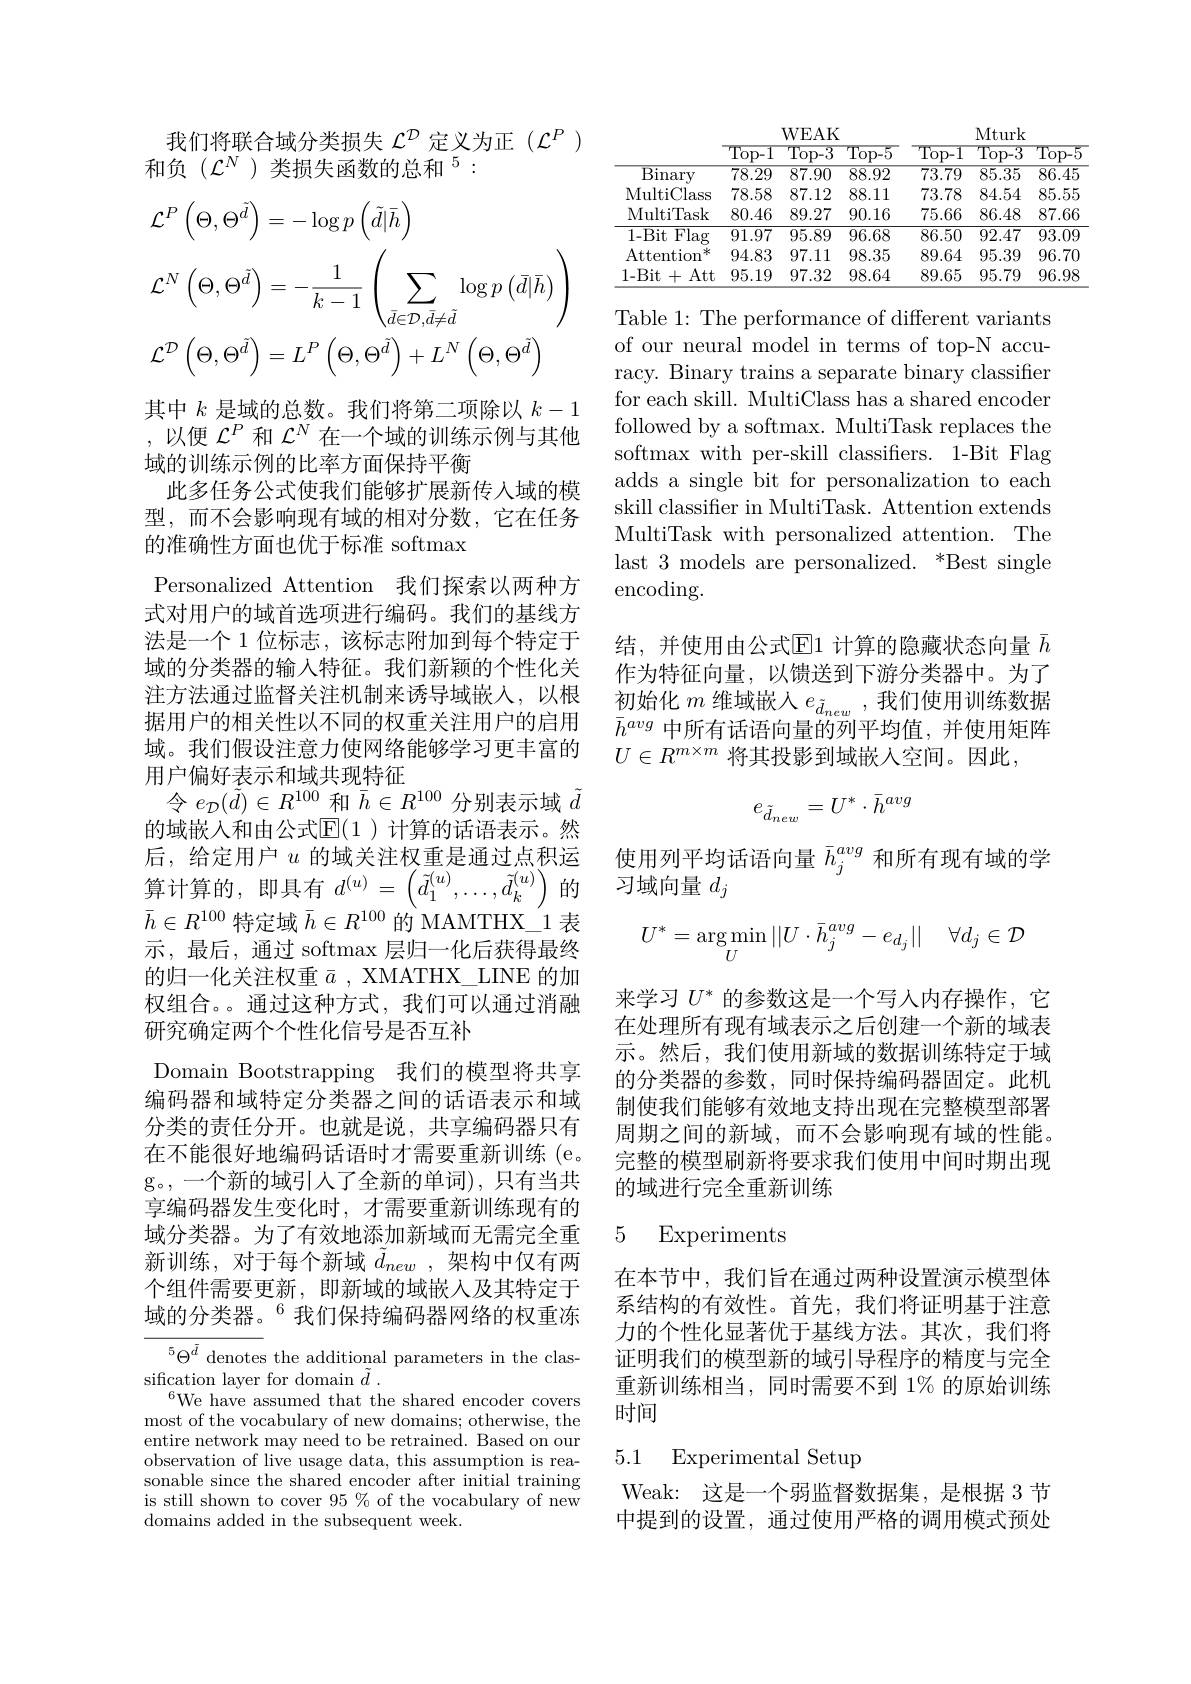
我们将联合域分类损失$\mathcal{L}^D$定义为正($\mathcal{L}^P)$
和负($\mathcal{L}^N$)类损失函数的总和$^5:$
$$\begin{aligned}&\mathcal{L}^{P}\left(\Theta,\Theta^{\tilde{d}}\right)=-\log p\left(\tilde{d}|\bar{h}\right)\\&\mathcal{L}^{N}\left(\Theta,\Theta^{\tilde{d}}\right)=-\frac{1}{k-1}\left(\sum_{\bar{d}\in\mathcal{D},\bar{d}\neq\tilde{d}}\log p\left(\bar{d}|\bar{h}\right)\right)\\&\mathcal{L}^{\mathcal{D}}\left(\Theta,\Theta^{\tilde{d}}\right)=L^{P}\left(\Theta,\Theta^{\tilde{d}}\right)+L^{N}\left(\Theta,\Theta^{\tilde{d}}\right)\end{aligned}$$
其中$k$是域的总数。我们将第二项除以$k-1$ ,以便$\mathcal{L}^P$和$\mathcal{L}^N$在一个域的训练示例与其他域的训练示例的比率方面保持平衡
此多任务公式使我们能够扩展新传入域的模型，而不会影响现有域的相对分数，它在任务的准确性方面也优于标准 softmax
Personalized Attention 我们探索以两种方式对用户的域首选项进行编码。我们的基线方法是一个 1 位标志，该标志附加到每个特定于域的分类器的输入特征。我们新颖的个性化关注方法通过监督关注机制来诱导域嵌入，以根据用户的相关性以不同的权重关注用户的启用域。我们假设注意力使网络能够学习更丰富的用户偏好表示和域共现特征
$令e_{\mathcal{D}}(\tilde{d})\in R^{100}$和$\bar{h}\in R^{100}$分别表示域$\tilde{d}$ 的域嵌入和由公式$\mathbb{E}(1$ )计算的话语表示。然后，给定用户$u$的域关注权重是通过点积运算 计 算 的 , 即 具 有 $d^{( u) }= \left ( \tilde{d} _{1}^{( u) }, \ldots , \tilde{d} _{k}^{( u) }\right )$的 习 域 向 量 $d_{j}$ 算 计 算 的 , 即 具 有 $d^{( u) }= \left ( \tilde{d} _{1}^{( u) }, \ldots , \tilde{d} _{k}^{( u) }\right )$的 习 域 向 量 $d_{j}$ 可 以
$\bar{h}\in R^{100}$特定域$\bar{h}\in R^{100}$的 MAMTHX\_1 表示，最后，通过 softmax 层归一化后获得最终的归一化关注权重$\bar{a}$ , XMATHX\_LINE 的加权组合。。通过这种方式，我们可以通过消融研究确定两个个性化信号是否互补
Domain Bootstrapping 我们的模型将共享编码器和域特定分类器之间的话语表示和域分类的责任分开。也就是说，共享编码器只有在不能很好地编码话语时才需要重新训练 (e。g。,一个新的域引人了全新的单词),只有当共享编码器发生变化时，才需要重新训练现有的域分类器。为了有效地添加新域而无需完全重新训练，对于每个新域$\tilde{d}_{new}$,架构中仅有两个组件需要更新，即新域的域嵌入及其特定于域的分类器。$^{6}$我们保持编码器网络的权重冻
$^{5}\Theta^{\bar{d}}$ denotes the additional parameters in the clas-

sification layer for domain $\tilde{d}$ .
$^{6}$We have assumed that the shared encoder covers most of the vocabulary of new domains; otherwise, the entire network may need to be retrained. Based on our observation of live usage data, this assumption is reasonable since the shared encoder after initial training is still shown to cover $95\%$ of the vocabulary of new domains added in the subsequent week.

<table>
	<tbody>
		<tr>
			<th> </th>
			<th>$\overline{\text{Top-1}}$</th>
			<th>$\overline{\mathrm{Top-3}}$</th>
			<th>$\overline{\mathrm{Top-5}}$</th>
			<th>$\overline{\mathrm{Top-1}}$</th>
			<th>$\overline{\mathrm{Top-3}}$</th>
			<th>$\overline{\mathrm{Top-5}}$</th>
		</tr>
		<tr>
			<td>${\mathrm{Binary}}$</td>
			<td>$\overline{78.29}$</td>
			<td>$\overline{87.90}$</td>
			<td>$\overline{88.92}$</td>
			<td>$\overline{73.79}$</td>
			<td>$\overline{85.35}$</td>
			<td>$\overline{86.45}$</td>
		</tr>
		<tr>
			<td>MultiCl lass</td>
			<td>78.58</td>
			<td>87.12</td>
			<td>88.11</td>
			<td>73.78</td>
			<td>84.54</td>
			<td>85.55</td>
		</tr>
		<tr>
			<td>MultiTask</td>
			<td>80.46</td>
			<td>89.27</td>
			<td>90.16</td>
			<td>75.66</td>
			<td>86.48</td>
			<td>87.66</td>
		</tr>
		<tr>
			<td>1-Bit Flag</td>
			<td>91.97</td>
			<td>95.89</td>
			<td>96.68</td>
			<td>86.50</td>
			<td>92.47</td>
			<td>93.09</td>
		</tr>
		<tr>
			<td>Attention 米 $a$</td>
			<td>94.83</td>
			<td>97.11</td>
			<td>98.35</td>
			<td>89.64</td>
			<td>95.39</td>
			<td>96.70</td>
		</tr>
		<tr>
			<td>1-Bit+Att</td>
			<td>95.19</td>
			<td>97.32</td>
			<td>98.64</td>
			<td>89.65</td>
			<td>95.79</td>
			<td>96.98</td>
		</tr>
	</tbody>
</table>

Table 1: The performance of different variants of our neural model in terms of top-N accuracy. Binary trains a separate binary classifier for each skill. MultiClass has a shared encoder followed by a softmax. MultiTask replaces the softmax with per-skill classifiers. 1-Bit Flag adds a single bit for personalization to each skill classifier in MultiTask. Attention extends MultiTask with personalized attention. The encoding.

结，并使用由公式$\mathbb{E}$1 计算的隐藏状态向量 $\bar{h}$ 作为特征向量，以馈送到下游分类器中。为了初始化$m$维域嵌人$e_{\tilde{d}_{new}}$,我们使用训练数据$\bar{h}^{avg}$中所有话语向量的列平均值，并使用矩阵$U\in R^{m\times m}$将其投影到域嵌入空间。因此
$$e_{\tilde{d}_{new}}=U^*\cdot\bar{h}^{avg}$$
使用列平均话语向量$\bar{h}_j^{avg}$和所有现有域的学
$$U^*=\underset{U}{\arg\min}||U\cdot\bar h_j^{avg}-e_{d_j}||\quad\forall d_j\in\mathcal D$$
来学习$U^*$的参数这是一个写人内存操作，它在处理所有现有域表示之后创建一个新的域表示。然后，我们使用新域的数据训练特定于域的分类器的参数，同时保持编码器固定。此机制使我们能够有效地支持出现在完整模型部署周期之间的新域，而不会影响现有域的性能。完整的模型刷新将要求我们使用中间时期出现的域进行完全重新训练

# 5 Experiments

在本节中，我们旨在通过两种设置演示模型体系结构的有效性。首先，我们将证明基于注意力的个性化显著优于基线方法。其次，我们将证明我们的模型新的域引导程序的精度与完全重新训练相当，同时需要不到 1% 的原始训练时间

# 5.1 Experimental Setup

Weak: 这是一个弱监督数据集，是根据 3 节中提到的设置，通过使用严格的调用模式预处